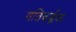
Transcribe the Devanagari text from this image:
गतिवर्द्धक